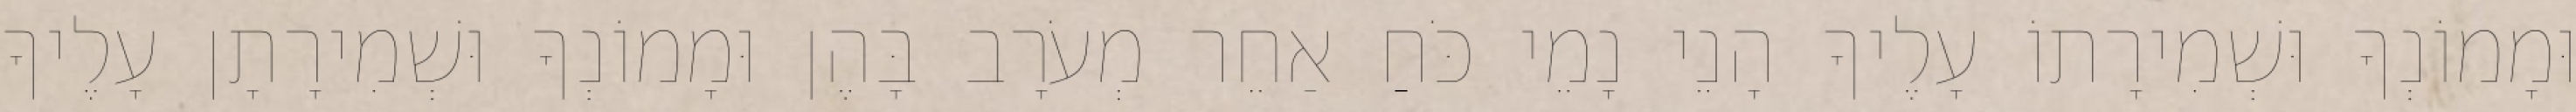
וּמָמוֹנְךָ וּשְׁמִירָתוֹ עָלֶיךָ הָנֵי נָמֵי כֹּחַ אַחֵר מְעֹרָב בָּהֶן וּמָמוֹנְךָ וּשְׁמִירָתָן עָלֶיךָ